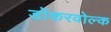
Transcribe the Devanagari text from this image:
डोंकरवोल्क